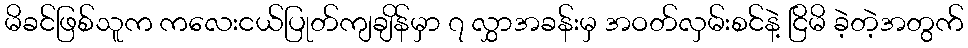
မိခင်ဖြစ်သူက ကလေးငယ်ပြုတ်ကျချိန်မှာ ၇ လွှာအခန်းမှ အဝတ်လှမ်းစင်နဲ့ ငြိမိ ခဲ့တဲ့အတွက်